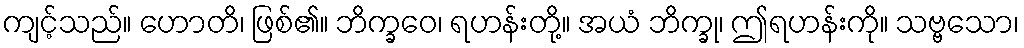
ကျင့်သည်။ ဟောတိ၊ ဖြစ်၏။ ဘိက္ခဝေ၊ ရဟန်းတို့။ အယံ ဘိက္ခု၊ ဤရဟန်းကို။ သဗ္ဗသော၊